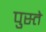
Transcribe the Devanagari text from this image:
पुस्ते